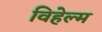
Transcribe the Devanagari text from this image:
विहेल्म